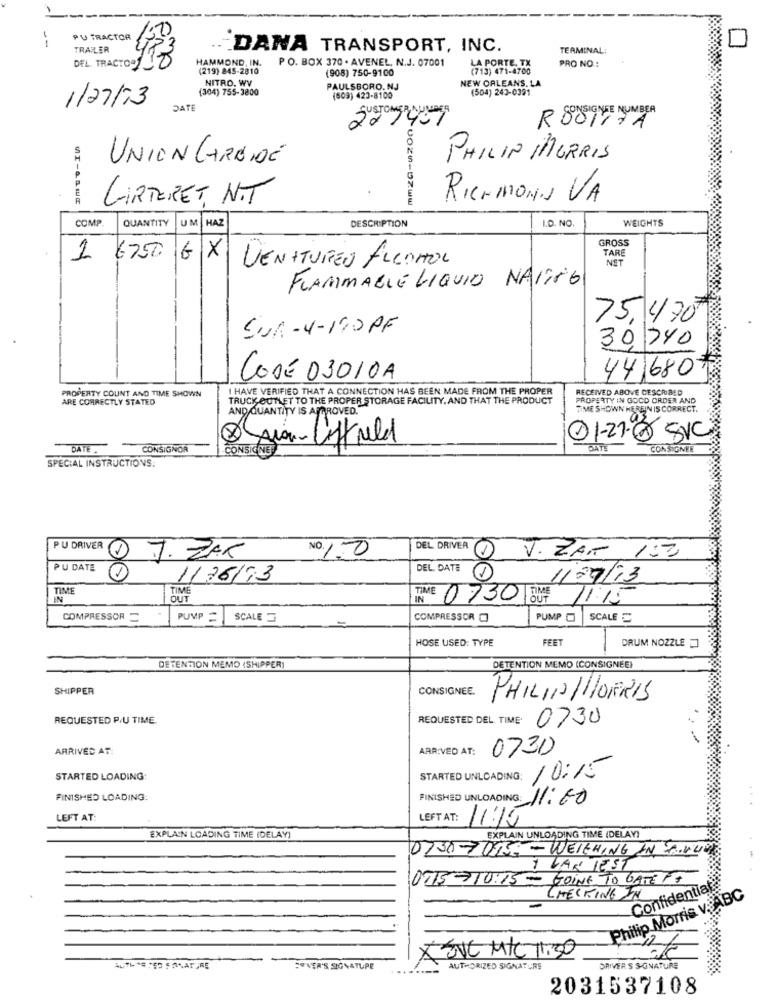
PU TRACTOR
TRAILER
DANA TRANSPORT, INC.
TERMINAL:
DEL TRACTO-1
HAMMOND, IN.
PO. BOX 370 . AVENEL, N.J. 07001
LA PORTE, TX
PRO NO .:
(219) 845-2810
(908) 750-9100
(713) 471-4700
NITRO. WV
NEW ORLEANS. LA
(304) 755-3800
PAULSBORO. NJ
(504) 243-0391
(509) 423-8100
1/27/73
DATE
2209
ROOTIZA
UNION CARBIDE
PHILIP MORRIS
LIRTERET, N.T
RICHMONN VA
COMP
QUANTITY
UM
HAZ
WEIGHTS
DESCRIPTION
I.D. NO.
GROSS
TARE
1
6750
GX
VENATUREN ALCOHOL
NET
FLAMMABLE LIQUIO NAVING
75, 470
SUR- 4-170 PF
30, 740
CODE 03010A
44 680
I HAVE VERIFIED THAT A CONNECTION HAS BEEN MADE FROM THE PROPER
RECEIVED ABOVE DESCRIBED
ARE CORRECTLY STATED
PROPERTY COUNT AND TIME SHOWN
TRUCK OUTLET TO THE PROPER STORAGE FACILITY, AND THAT THE PRODUCT
PROPERTY IN GOOD ORDER AND
AND QUANTITY IS APPROVED.
TIME SHOWN HEREIN IS CORRECT.
@1-27@ SVC
DATE.
CONSIGNOR
CONSIGNE
Saio Liffreld
CONSIGNEE
SPECIAL INSTRUCTIONS:
PU DRIVER
DEL DRIVER
V. ZAT 150
J. ZAK
NO. 10
PU DATE
DEL DATE
1/26/73
1
1/07/13
TIME
IN
TIME 0730 DUF 11:15
IN
COMPRESSOR =
PUMP = SCALE
COMPRESSOR
PUMP
SCALE
HOSE USED: TYPE
FEET
DRUM NOZZLE
DETENTION MEMO (SHIPPER)
DETENTION MEMO (CONSIGNEE)
SHIPPER
CONSIGNEE.
PHILINHOFRIS
REQUESTED P/U TIME.
REQUESTED DEL TIME: 0730
ARRIVED AT:
ARRIVED AT:
0730
STARTED LOADING
STARTED UNLOADING: 10:15
FINISHED LOADING:
FINISHED UNLOADING: 11:00
.. .
LEFT AT:
LEFT AT: 1115
EXPLAIN LOADING TIME (DELAY)
EXPLAIN UNLOADING TIME (DELAY)
0750-705 - WEIGHING IN PINLIG
1 VAN JEST
0715 710:15 - GOING TO GATE IT
CHECKING IN
Confidential
Philip Morris V ABC
(EVC M/C 11:30
-
SOVER'S SIGNATURE
AUTHORIZED SIGNATURE
DRIVER S S-GNATURE
2031537108